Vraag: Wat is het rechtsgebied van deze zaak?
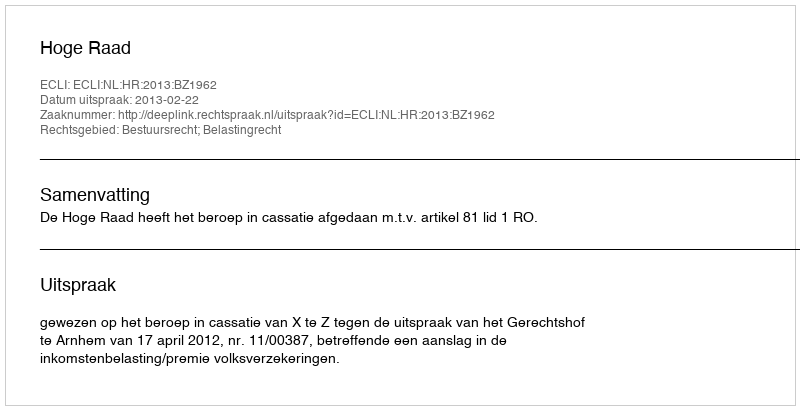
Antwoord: Bestuursrecht; Belastingrecht